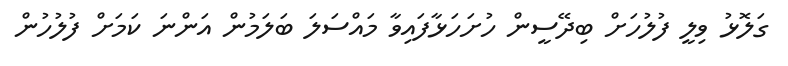
ގަލޮޅު ވިލީ ފުލުހަށް ބިދޭސީން ހުށަހަޅާފައިވާ މައްސަލަ ބަލަމުން އަންނަ ކަމަށް ފުލުހުން